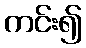
ကင်း၍